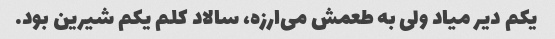
یکم دیر میاد ولی به طعمش می‌ارزه، سالاد کلم یکم شیرین بود.